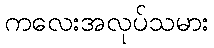
ကလေးအလုပ်သမား